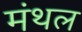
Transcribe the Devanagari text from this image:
मंथल